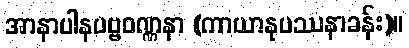
အာနာပါနပဗ္ဗဝဏ္ဏနာ (ကာယာနုပဿနာခန်း)။